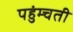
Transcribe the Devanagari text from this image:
पहुंम्चती